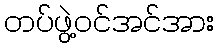
တပ်ဖွဲ့ဝင်အင်အား